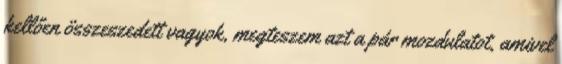
kellően összeszedett vagyok, megteszem azt a pár mozdulatot, amivel